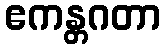
ဧကန္တဂတာ